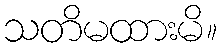
သတိမထားမိ။